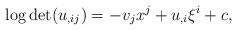
\begin{align*} \log\det (u_{,ij})=-v_jx^j+u_{,i}\xi^i+c, \end{align*}